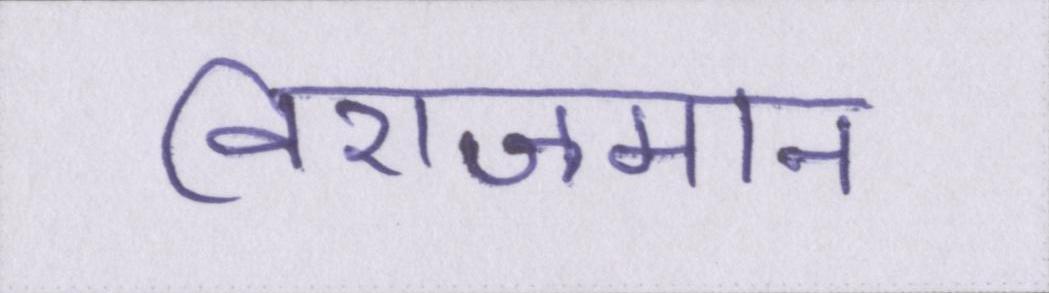
विराजमान